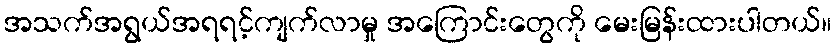
အသက်အရွယ်အရရင့်ကျက်လာမှု အကြောင်းတွေကို မေးမြန်းထားပါတယ်။